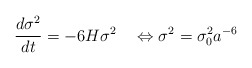
\begin{align*}\frac{d \sigma^{2}}{dt} = -6 H \sigma^{2} \quad \Leftrightarrow\sigma^{2} = \sigma_{0}^{2} a^{-6}\end{align*}